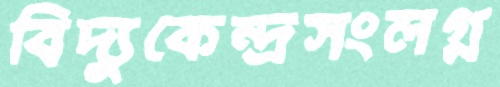
বিদ্যুকেন্দ্রসংলগ্ন